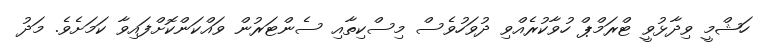
ހަޝްމީ ވިދާޅުވީ ޓްރަމްޕް ހުވާކުރެއްވި ދުވަހުވެސް މިސްކިތާއި ސެންޓަރުން ވައްކަންކޮށްފައިވާ ކަމަށެވެ. މަދު